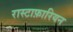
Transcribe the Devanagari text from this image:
रास्टाफ़ारियन